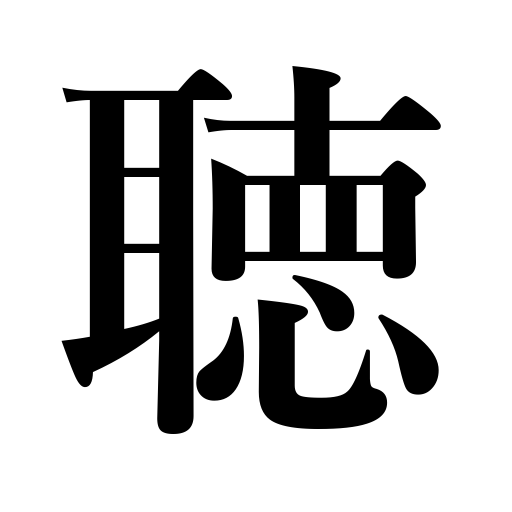
Meanings: learn of,follow advice,inquire,careful inquiry,hear,listen to